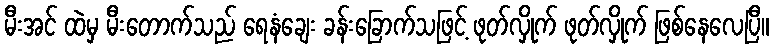
မီးအင် ထဲမှ မီးတောက်သည် ရေနံချေး ခန်းခြောက်သဖြင့် ဖုတ်လှိုက် ဖုတ်လှိုက် ဖြစ်နေလေပြီ။